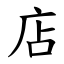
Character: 店